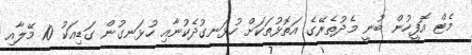
މެޓް އޮފީހުން ބުނީ މެދުތެރޭގެ އަތޮޅުތަކަށް ހުޅަނގުދެކުނާއި ހުޅަނގުން ގަޑިއަކު 10 މޭލާއި